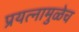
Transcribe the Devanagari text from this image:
प्रयत्नामुळेच